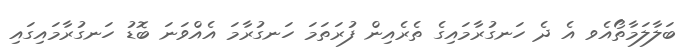
ބަލާލަމާތޯއެވ އެ ދެ ހަނގުރާމައިގެ ތެރެއިން ފުރަތަމަ ހަނގުރާމަ އެއްވަނަ ބޮޑު ހަނގުރާމައިގައި